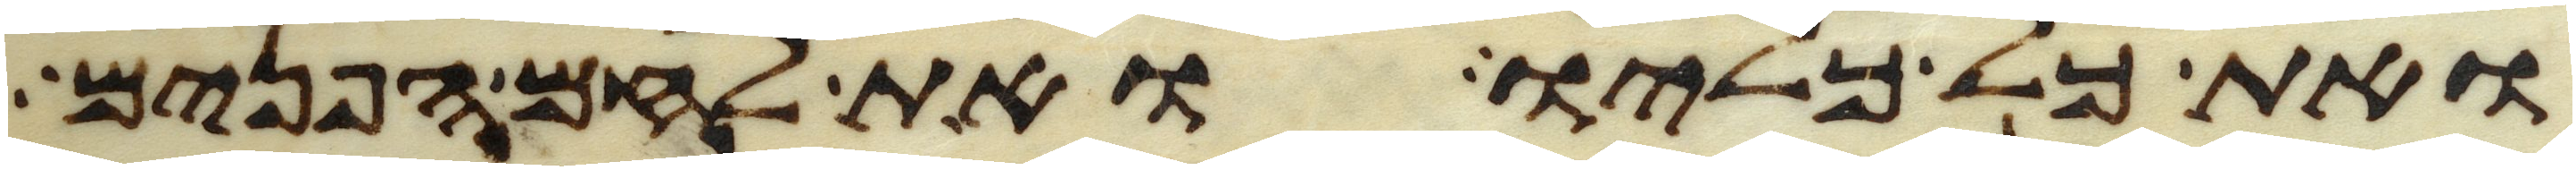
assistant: ואת כל כליו ואת לחם הפנים